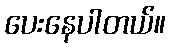
ပေးနေပါတယ်။